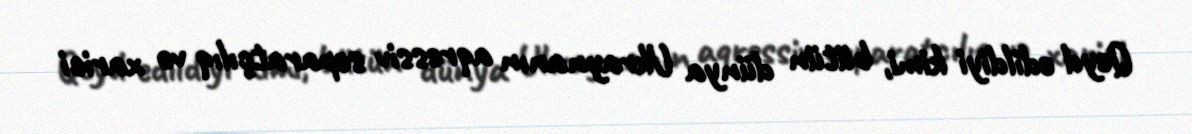
Qeyd edildiyi kimi, bütün dünya Ukraynanın aqressiv separatçılıq və xarici